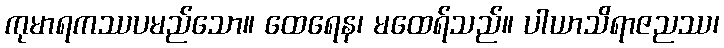
ကုမာရကဿပမည်သော။ ထေရေန၊ မထေရ်သည်။ ပါယာသိရာဇညဿ၊